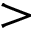
>